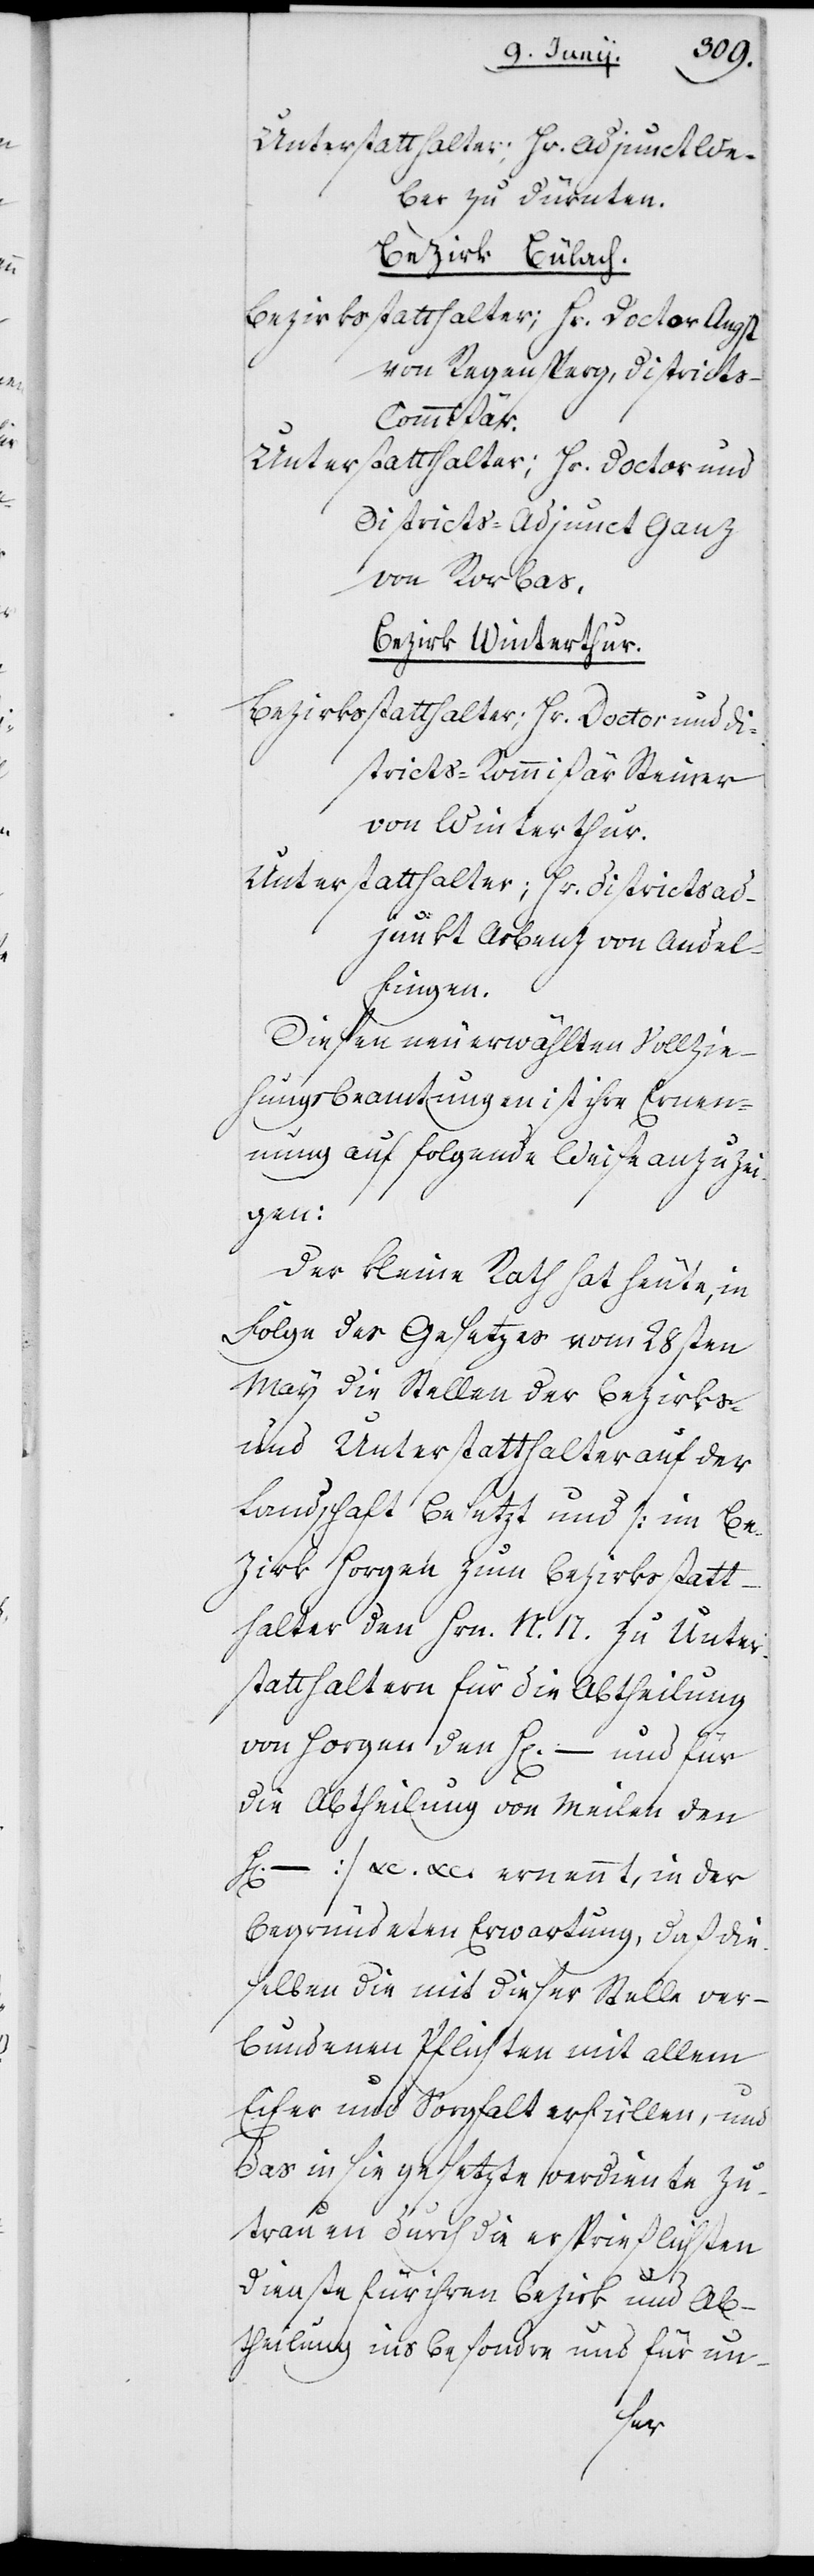
Unterstatthalter; Hr. Adjunct We¬
ber zu Dürnten.
Bezirk Bülach.
Bezirksstatthalter; Hr. Doctor Angst
von Regensperg, District¬
s-Commißär.
Unters¬
tatthalter; Hr. Doctor und
Districts-Adjunct Ganz
von Rorbas.
Bezirk Winterthur.
Bezirksstatthalter; Hr. Doctor und Di¬
stricts-Kommißär Steiner
von Winterthur.
Unterstatthalter; Herr Districtsad¬
junkt Arbenz von Andel¬
fingen.
Diesen neu erwählten Vollzie¬
hungsbeamtungen ist ihre Ernen¬
nung auf folgende Weise anzuzei¬
gen:
„Der Kleine Rath hat heute, in
Folge des Gesetzes vom 28sten
May die Stellen der Bezirks-
und Unterstatthalter auf der
Landschaft besetzt und (im Be¬
zirk Horgen zum Bezirksstatt¬
halter den Hrn. N. N. zu Unter¬
statthaltern für die Abtheilung
von Horgen den Herrn – und für
die Abtheilung von Meilen den
Herrn –) etc. etc. ernennt, in der
begründeten Erwartung, daß die¬
selben die mit dieser Stelle ver¬
bundenen Pflichten mit allem
Eifer und Sorgfalt erfüllen, und
das in sie gesetzte verdiente Zu¬
trauen durch die ersprießlichsten
Dienste für ihren Bezirk und Ab¬
theilung insbesondre und für un-